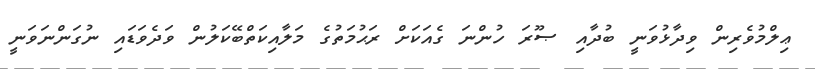
ޢިލްމުވެރިން ވިދާޅުވަނީ ބުދާއި ޞޫރަ ހުންނަ ގެއަކަށް ރަޙުމަތުގެ މަލާއިކަތްބޭކަލުން ވަދެވަޑައި ނުގަންނަވަނީ